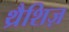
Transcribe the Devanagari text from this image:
थ्रैशिज़